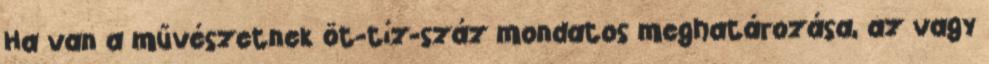
Ha van a művészetnek öt-tíz-száz mondatos meghatározása, az vagy